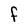
Character: F